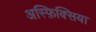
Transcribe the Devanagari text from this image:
अस्फ़िक्सिया